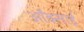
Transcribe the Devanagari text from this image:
ऑक्साई